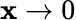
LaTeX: \mathbf{x}\to0